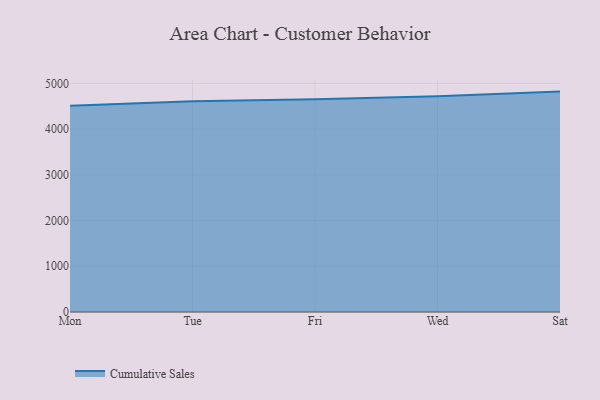
{"axis": {"x": "Day", "y": "Churn Rate (%)"}, "legend": ["Cumulative Sales"], "data": [{"x": "Mon", "y": 4512.3, "type": "Cumulative Sales"}, {"x": "Tue", "y": 4612.6, "type": "Cumulative Sales"}, {"x": "Fri", "y": 4654.2, "type": "Cumulative Sales"}, {"x": "Wed", "y": 4721.3, "type": "Cumulative Sales"}, {"x": "Sat", "y": 4822.0, "type": "Cumulative Sales"}]}